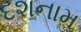
દશનામ